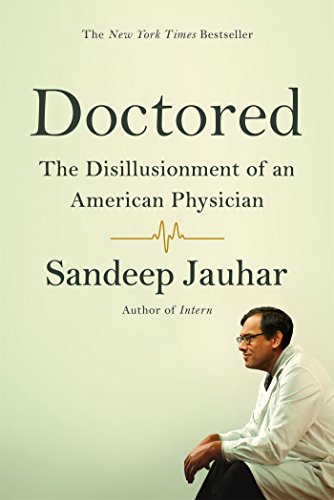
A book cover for Doctored: The Disillusionment of an American Physician; Sandeep Jauhar; Medical Books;